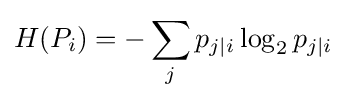
H(P_{i})=-\sum _{j}p_{j|i}\log _{2}p_{j|i}